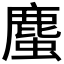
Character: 𧐠